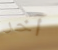
آخر